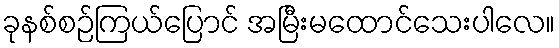
ခုနစ်စဉ်ကြယ်ပြောင် အမြီးမထောင်သေးပါလေ။